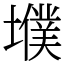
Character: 㙸